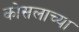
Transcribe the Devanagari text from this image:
कोसलाच्या